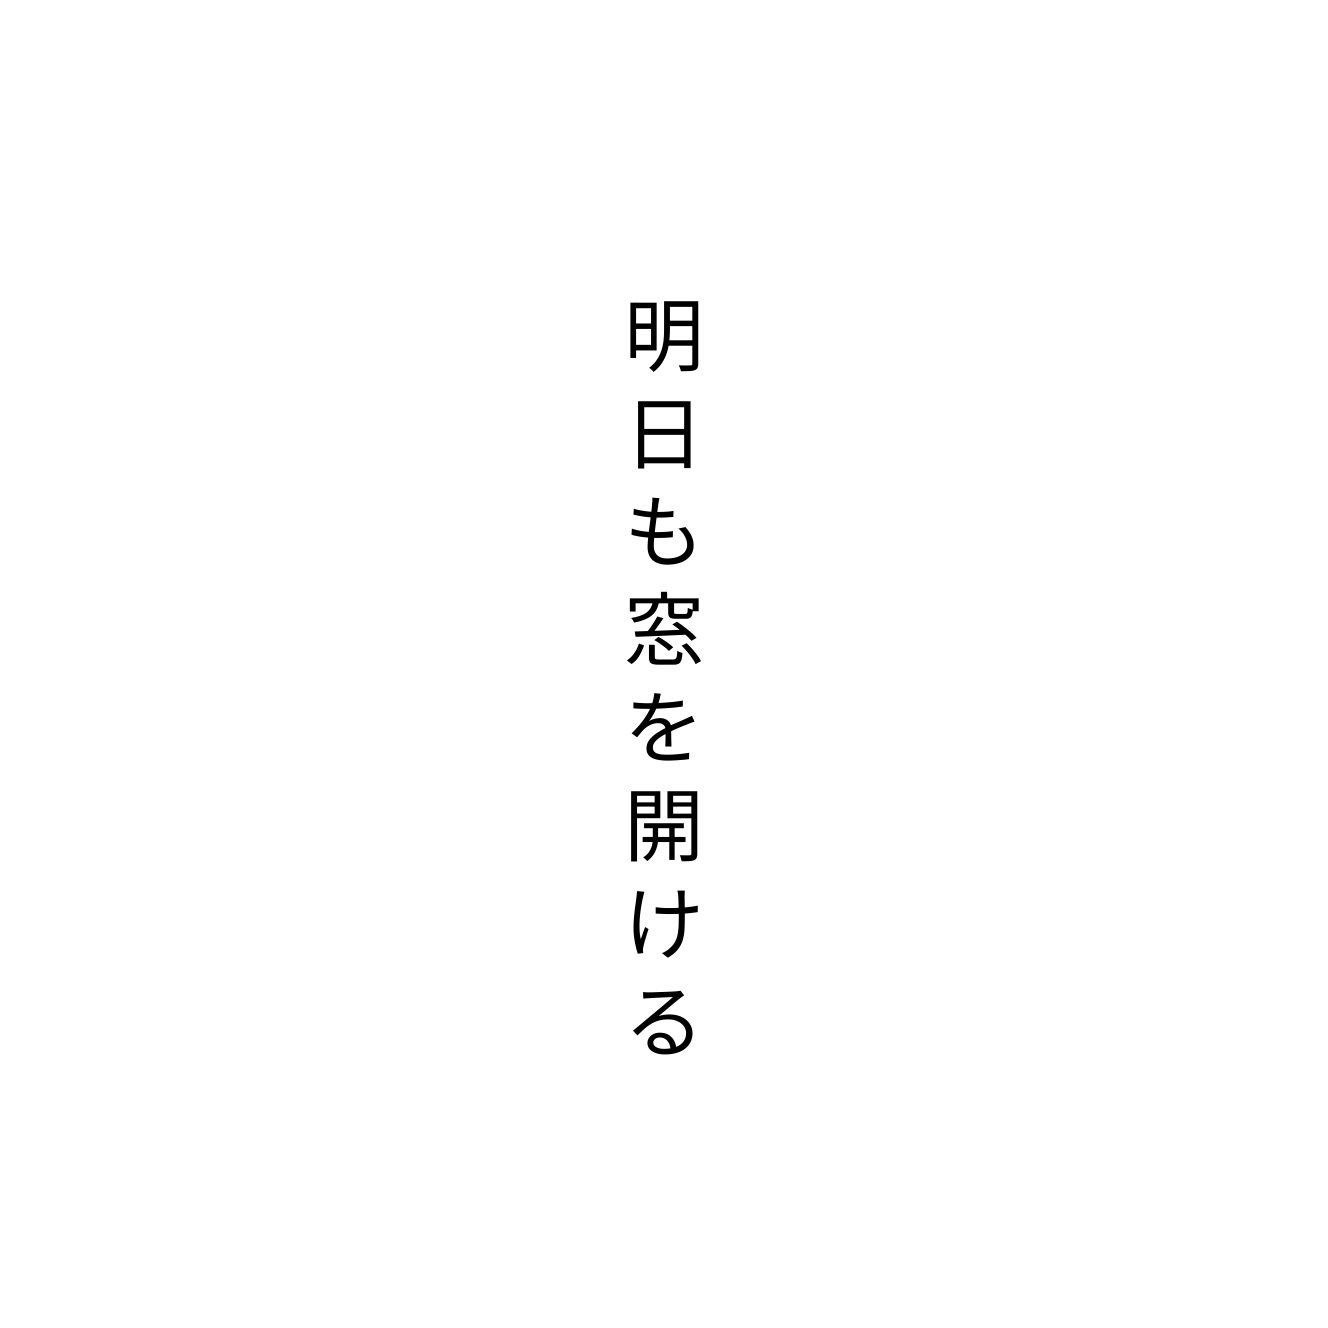
明日も窓を開ける